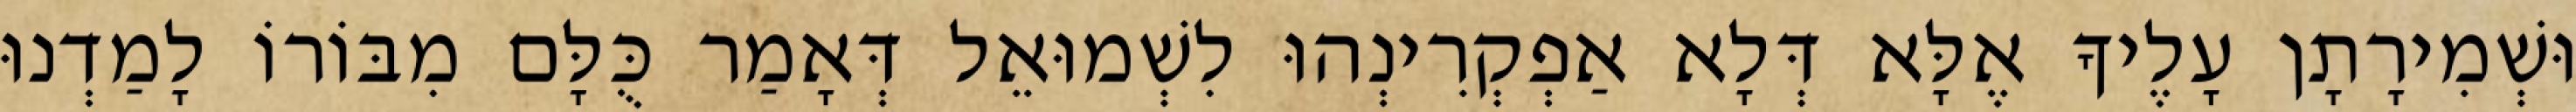
וּשְׁמִירָתָן עָלֶיךָ אֶלָּא דְּלָא אַפְקְרִינְהוּ לִשְׁמוּאֵל דְּאָמַר כֻּלָּם מִבּוֹרוֹ לָמַדְנוּ